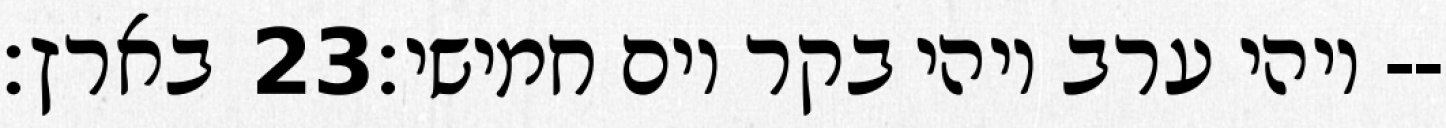
בארץ׃ ‎23‏ ויהי ערב ויהי בקר יום חמישי׃--